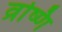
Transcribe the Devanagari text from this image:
व्रष्णि